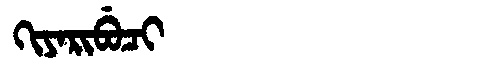
Manchu: ᡴᡳᠶᠠᡵᡳᠪᡠᠴᡳ
Romanization: KIYARIBUCI